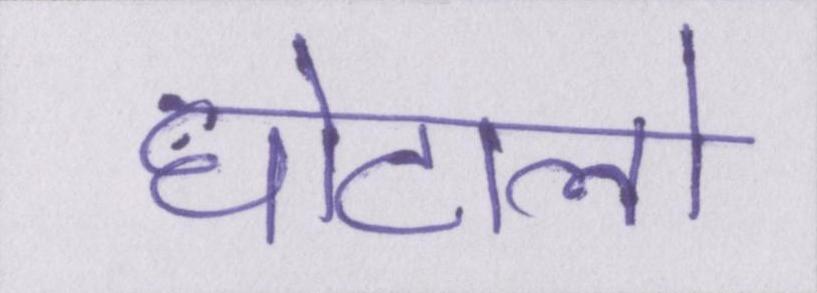
घोटालो